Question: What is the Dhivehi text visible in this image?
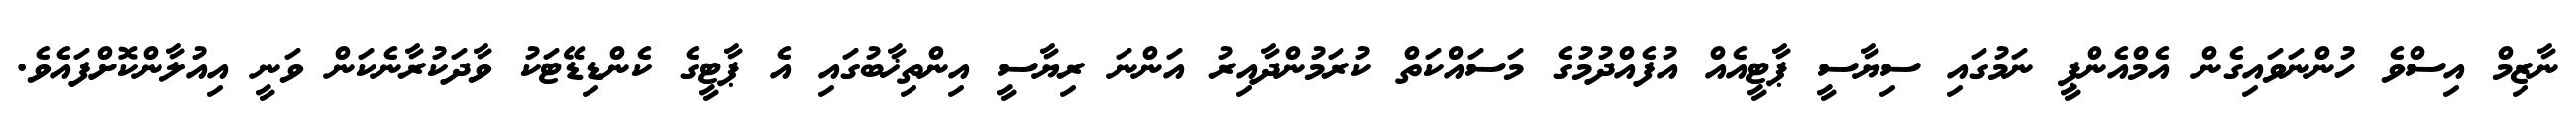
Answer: ނާޒިމް އިސްވެ ހުންނަވައިގެން އެމްއެންޕީ ނަމުގައި ސިޔާސީ ޕާޓީއެއް އުފެއްދުމުގެ މަސައްކަތް ކުރަމުންދާއިރު އަންނަ ރިޔާސީ އިންތިޚާބުގައި އެ ޕާޓީގެ ކެންޑިޑޭޓަކު ވާދަކުރާނެކަން ވަނީ އިއުލާންކޮށްފައެވެ.